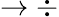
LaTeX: \rightarrow\div